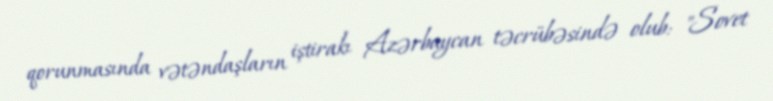
qorunmasında vətəndaşların iştirakı Azərbaycan təcrübəsində olub: "Sovet